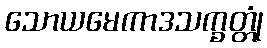
သောယမေကာဒသက္ခတ္တုံ